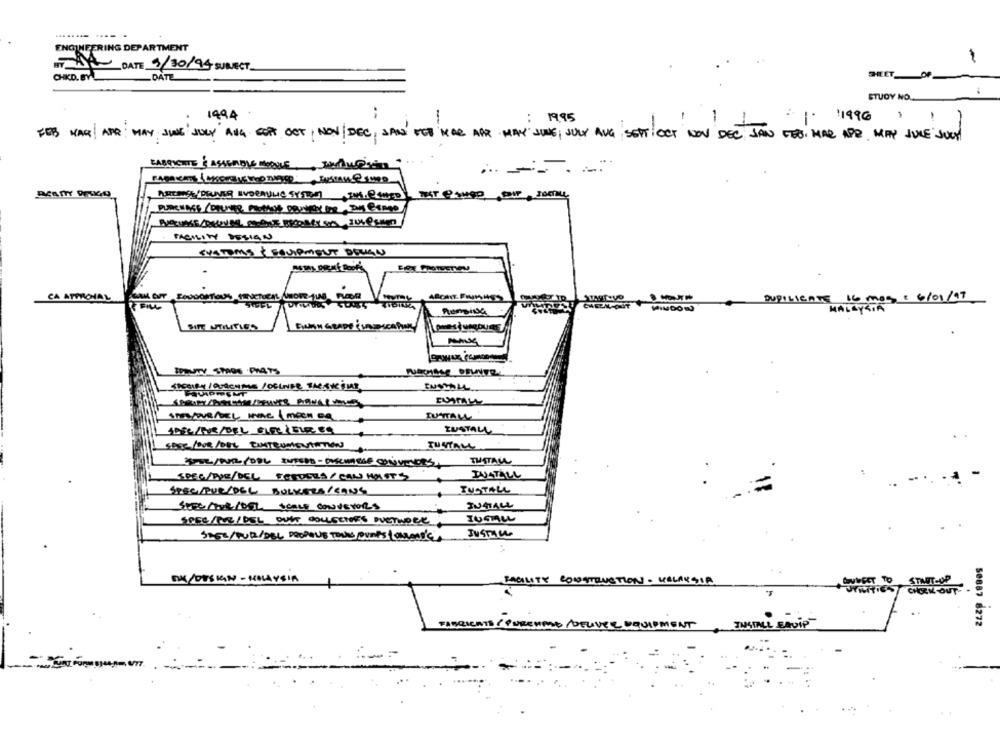
..
ENGINEERING DEPARTMENT
MAN DATE 9/30/94 SUBJECT.
CHIKD. BYL
SHEETOF
_DATE
STUDY NO.
1494
: 19,95
19961
-
1
FEB HAR APR: MAY JUNE JULY' ANG SOFT OCT NOV/DEC, SANS FOR MAR AAR MAY JUNE, JULY AUG SETT OCT NOV DEC JAN FES HAR ARE MAY JULE SUCH
EABRIGHTE &ASSEMBLE MOBILE, HAMrin
FACILITY DESIGN
CUSTOMS & EQUIPMENT DESIGN
DUPILICATE 16 meg : 6/01/17
CA ATTRONAL
SOFL
MALLYSIA
EARN GRADE Fun
IPQUITY SPAOS PMATS
SAPHIRY/DURCHME /DELIVER THE SKINE
INSTALL
STRYQUEDEL ING ( meen en
DSC/FOR/DEL GIFTIGIRES
INSTALL
SPEE /BOR /DEL CONTRUMENTATION
TUSTALL
THATALL
SPEL/PUB/OBL INTENS - ONLINELE CONVEYORS,
SPEC/PUESDEL BULKERS/ CONS
INSTALL
JUSTALL
STEC/TUR/DEL SCALE CONVEYORS
SPEC /PAL / DEL OUIT COLLECTIFS PVCTWOEL
JUSTICE
STEE/TUR/DEL DROPOUTS THING PUMPS & CANONDici
DK/DUSKIN - MALAYSIA
START-UP
FACILITY CONSTRUCTION - MALAYSIA
BUDGET TO
CHOLM-OUT-
. .
50887 8272
TO/ PORERNE ADELIVER EQUIPMENT
TM40